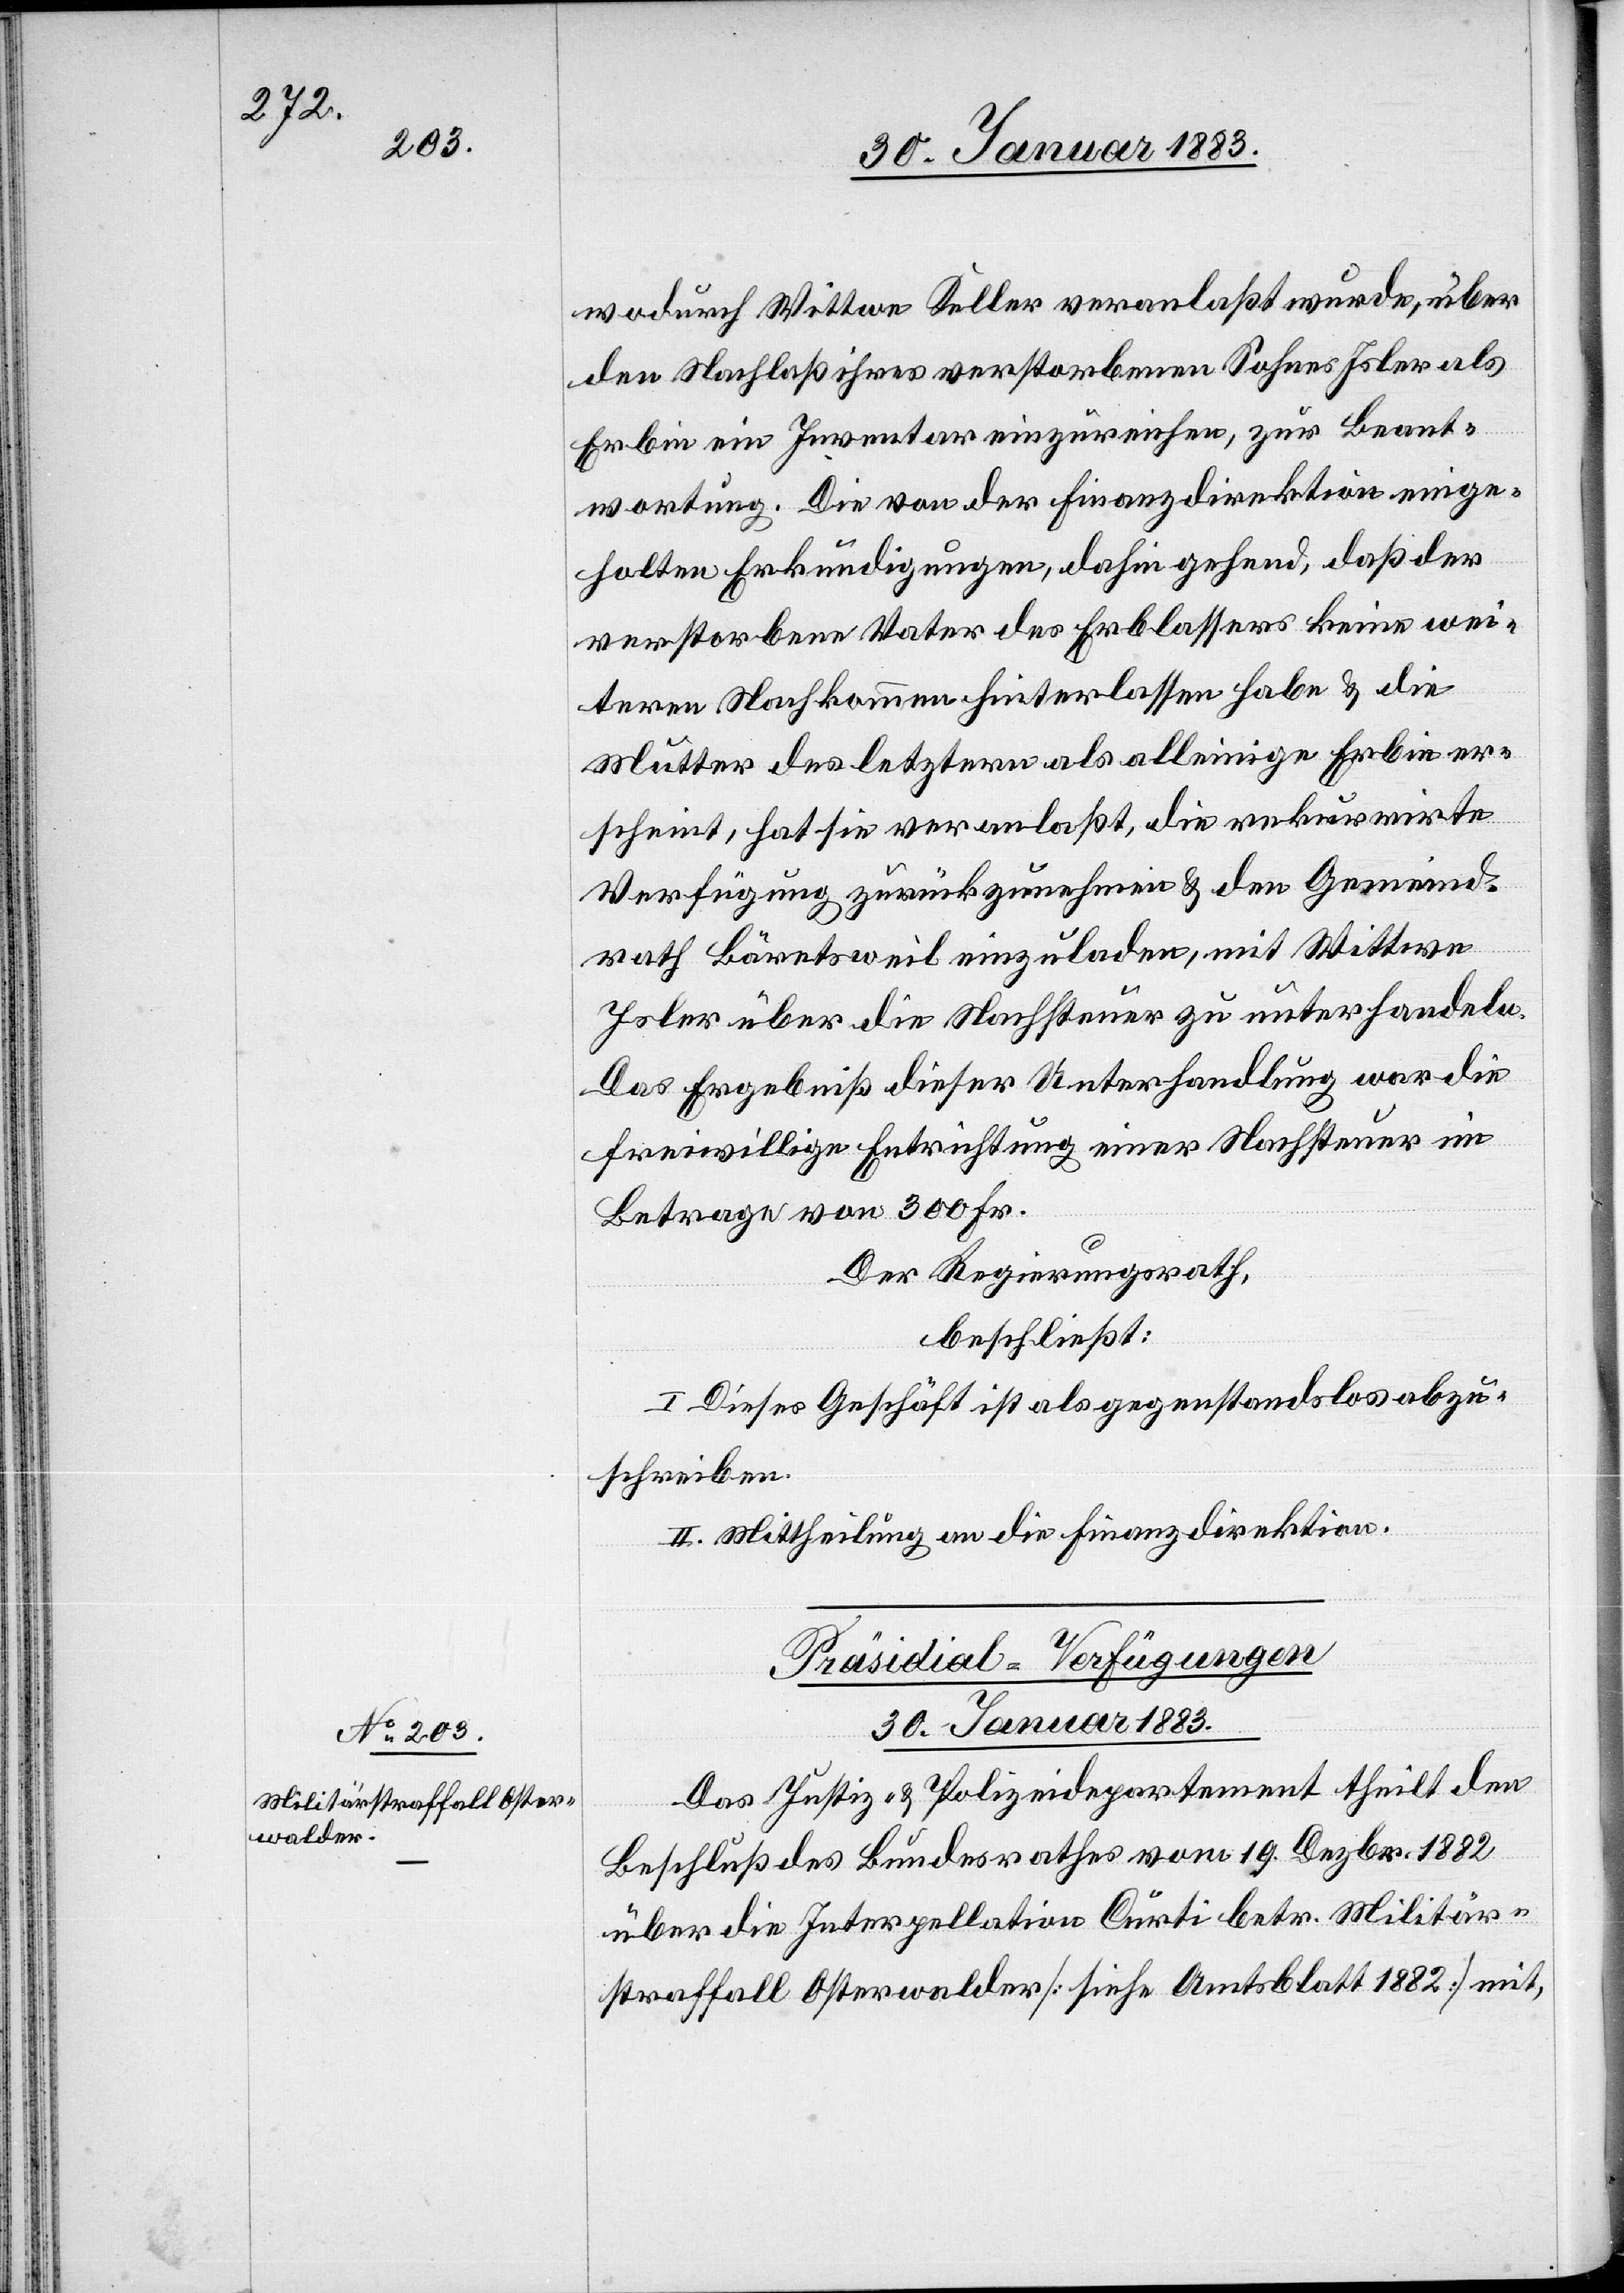
wodurch Wittwe Keller veranlaßt wurde, über
den Nachlaß ihres verstorbenen Sohnes Isler als
Erbin ein Inventar einzureichen, zur Beant¬
wortung. Die von der Finanzdirektion einge¬
holten Erkundigungen, dahin gehend, daß der
verstorbene Vater des Erblassers keine wei¬
teren Nachkommen hinterlassen habe & die
Mutter des letztern als alleinige Erbin er¬
scheint, hat sie veranlaßt, die rekurrirte
Verfügung zurückzunehmen & den Gemeind¬
rath Bäretsweil einzuladen, mit Wittwe
Isler über die Nachsteuer zu unterhandeln.
Das Ergebniß dieser Unterhandlung war die
freiwillige Entrichtung einer Nachsteuer im
Betrage von 300 Fr.
Der Regierungsrath,
beschließt:
I. Dieses Geschäft ist als gegenstandslos abzu¬
schreiben.
II. Mittheilung an die Finanzdirektion.